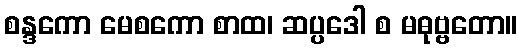
စန္ဒကော မေစကော စာထ၊ ဆပ္ပဒေါ စ မဓုဗ္ဗတော။